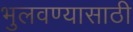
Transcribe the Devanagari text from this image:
भुलवण्यासाठी